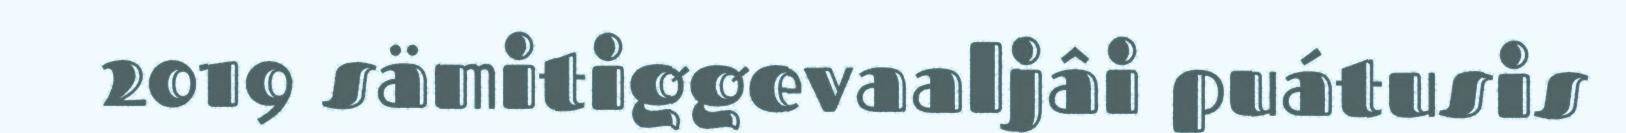
2019 sämitiggevaaljâi puátusis